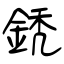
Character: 鋵